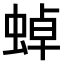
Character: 𧌸